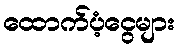
ထောက်ပံ့ငွေများ